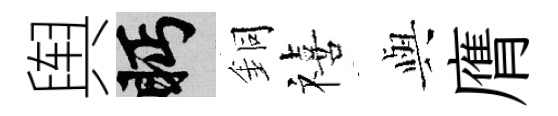
舆眄銅禧𫤰膺